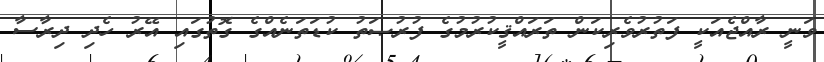
ވަނީ ރާއްޖެއަކީ ފަތުރުވެރިކަން ތަރައްޤީކުރުމުގެ ފުރުޞަތު ކުޑަތަނެއްގެ ގޮތުގައި އޭރު ހެދި ދިރާސާ